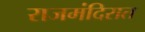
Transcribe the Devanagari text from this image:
राजमंदिरात